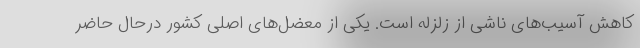
کاهش آسیب‌های ناشی از زلزله است. یکی از معضل‌های اصلی کشور درحال حاضر